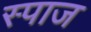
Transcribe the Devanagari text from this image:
स्पाज